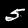
Label: 5